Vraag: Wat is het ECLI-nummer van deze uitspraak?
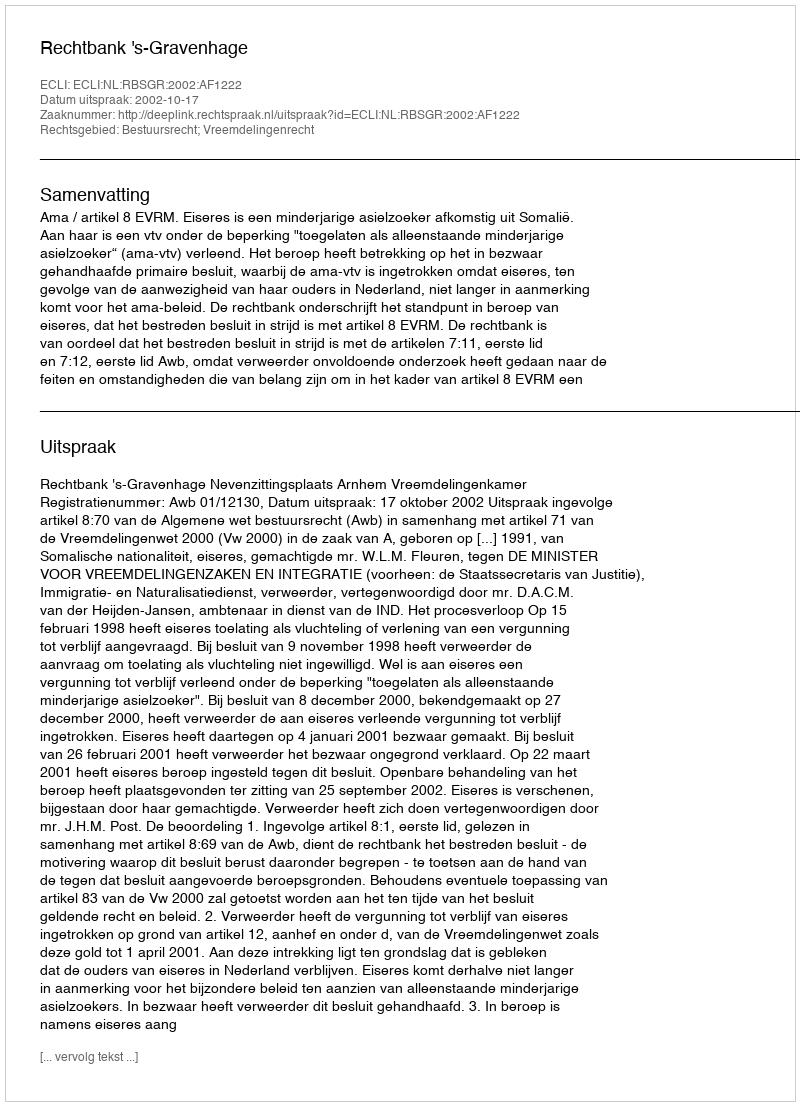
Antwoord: ECLI:NL:RBSGR:2002:AF1222